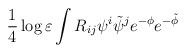
LaTeX: \begin{align*}\frac14\log\varepsilon \int R_{ij}\psi^i\tilde\psi^je^{-\phi}e^{-\tilde\phi}\end{align*}